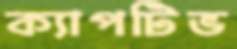
ক্যাপটিভ